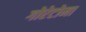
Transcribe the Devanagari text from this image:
गोरेटोमा